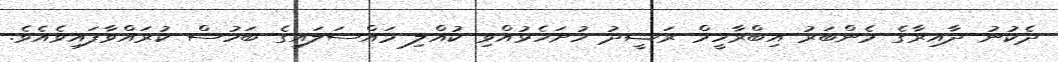
ދެކުނު ދާއިރާގެ މެންބަރު އިބްރާހީމް ރަޝީދު ހުށަހެޅުއްވި ކުއްލި މައްސަލައިގެ ބަހުސް ކުރައްވާފައިވެއެވެ.